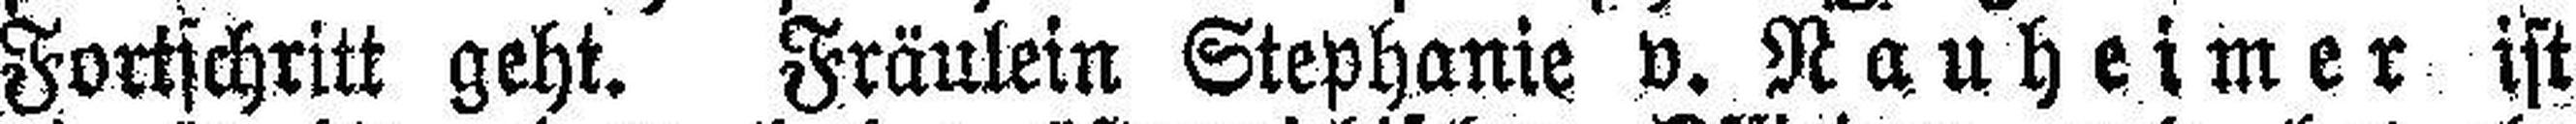
Fortschritt geht. Fräulein Stephanie v. Nauheimer ist